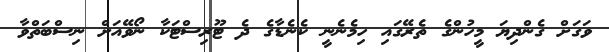
ވަގަށް ގެންދިޔަ މީހުންގެ ތެރޭގައި ހިމެނެނީ ކެނެޑާގެ ދެ ޓޫރިސްޓަކާ ނޯވޭއަށް ނިސްބަތްވާ